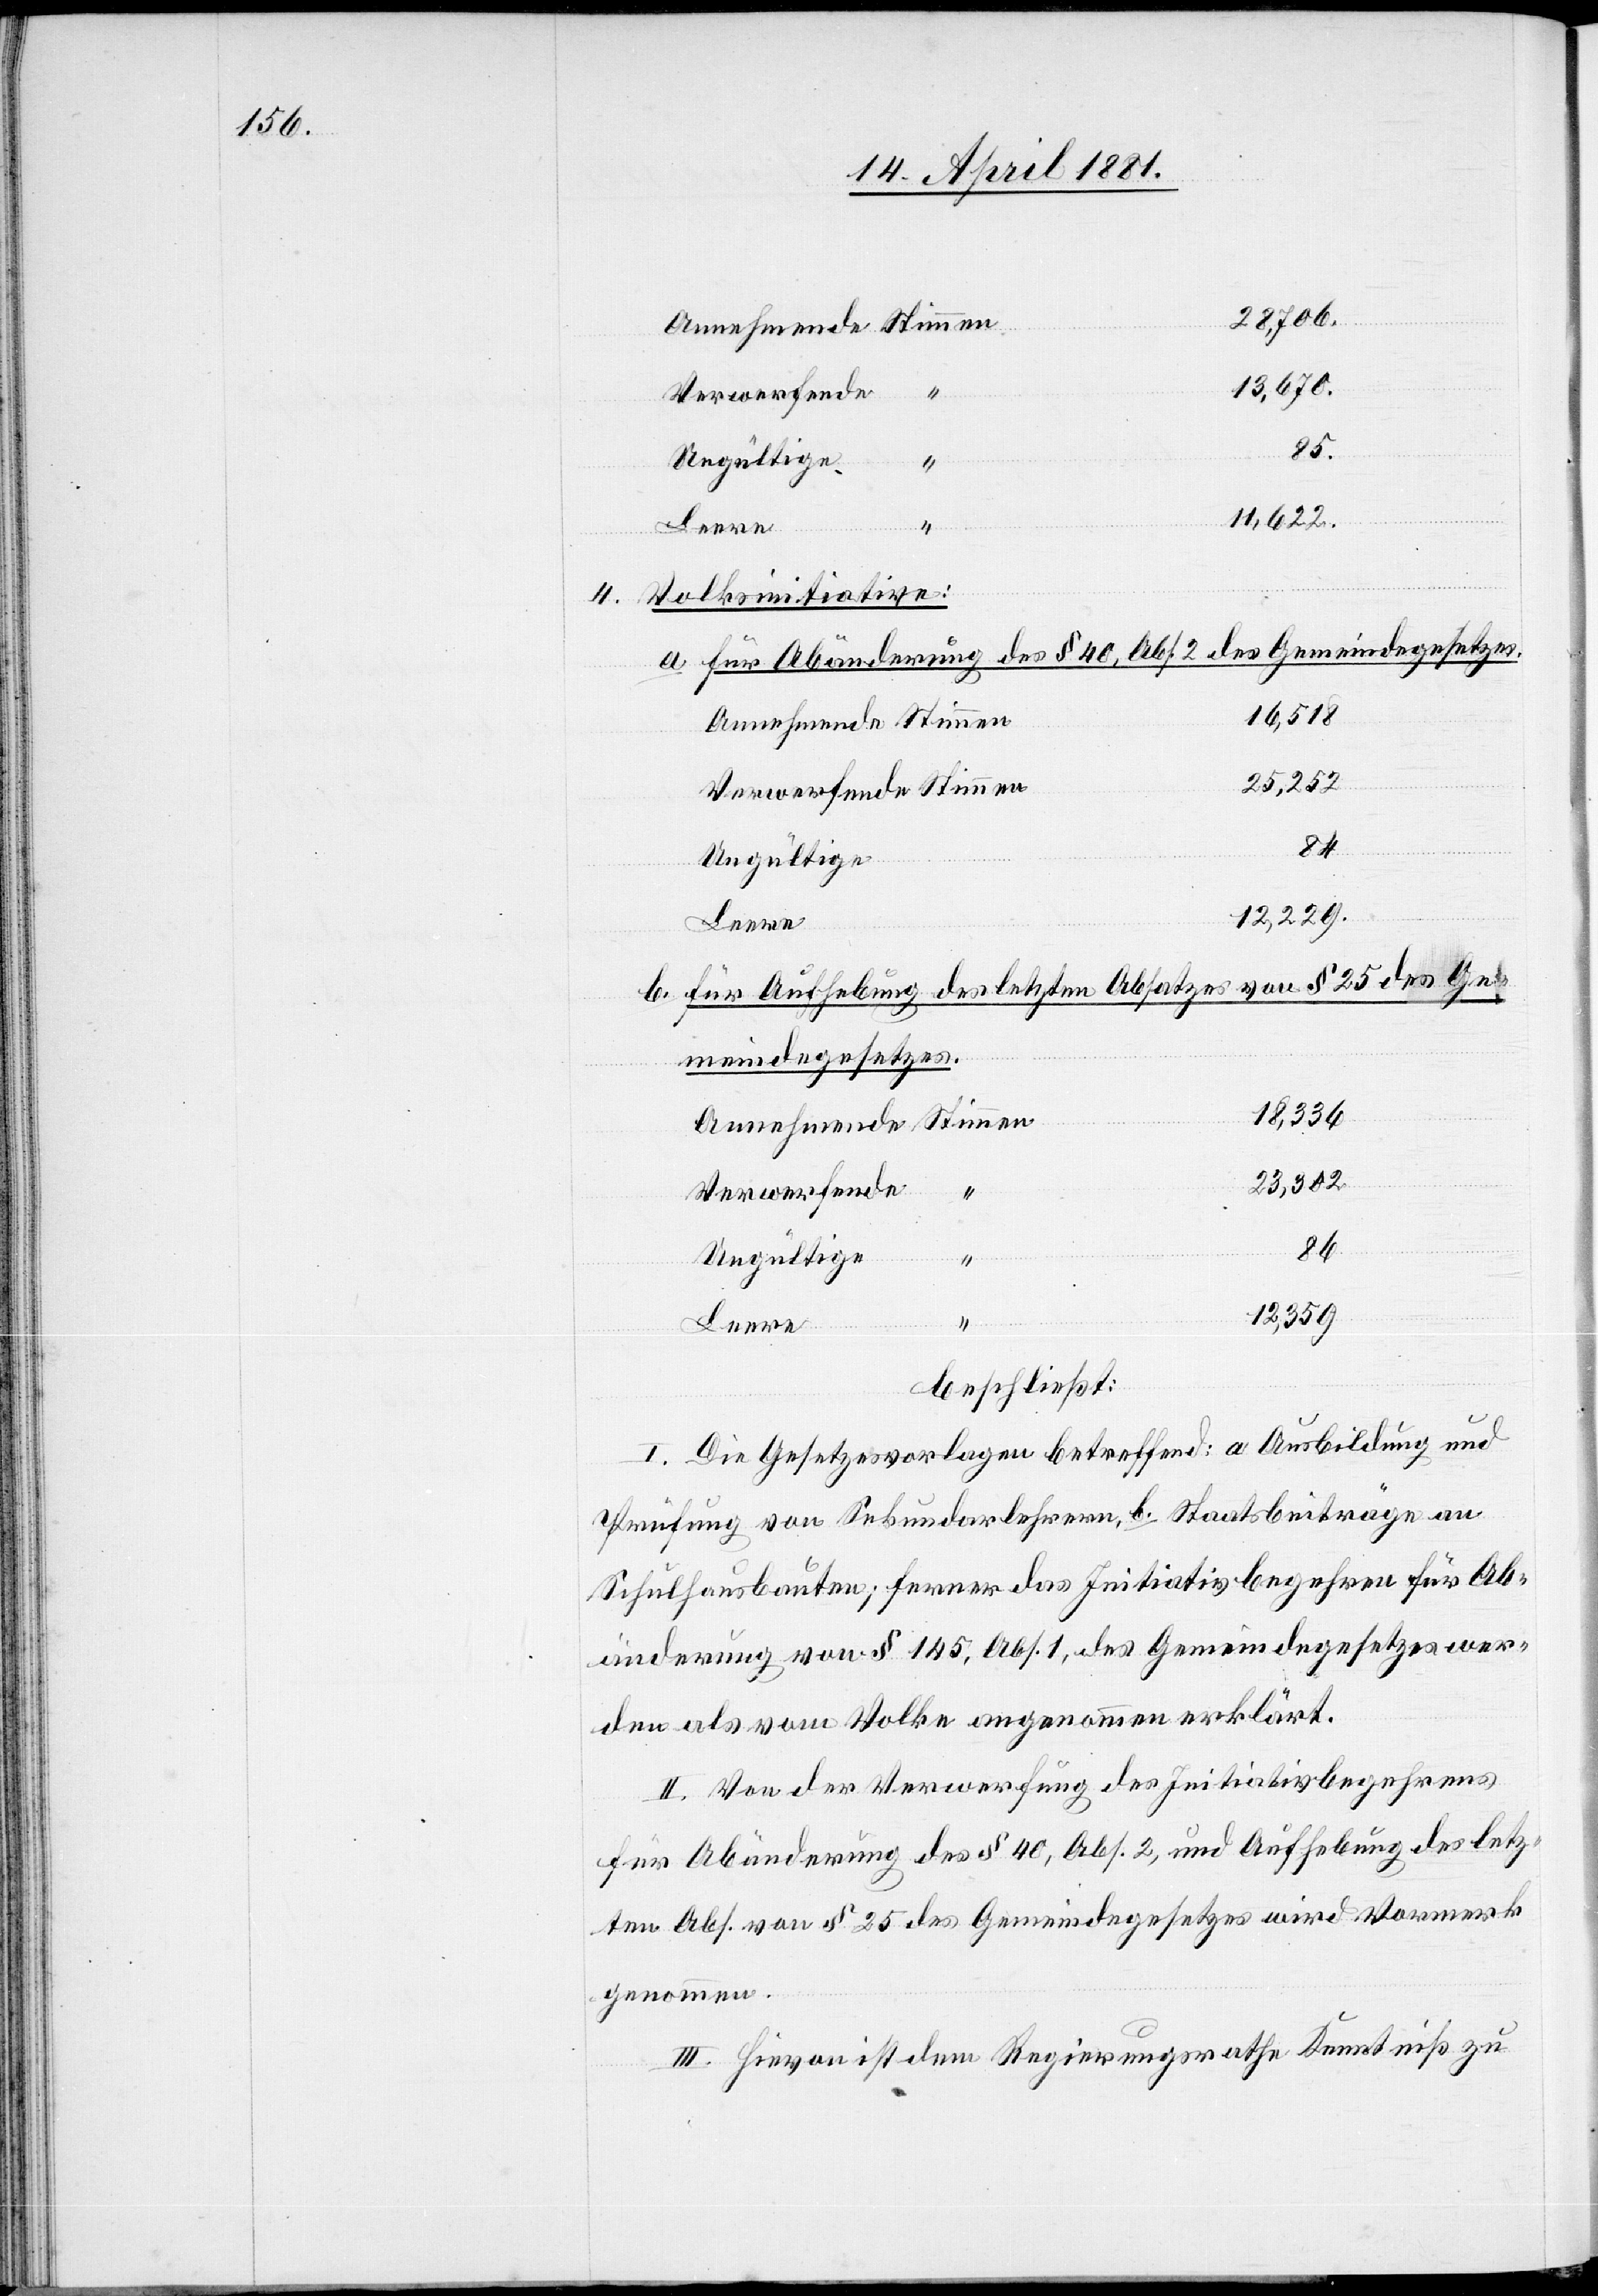
28,706
13,670
11,622
Stimmen
4. Volksinitiativen:
a. für Abänderung des § 40, Abs. 2 des Gemeindegesetzes.
16,518
25,252
Ungültige
b. für Aufhebung des letzten Absatzes von § 25 des Ge¬
meindegesetzes.
18,336
23,302
Verwerfende
84
12,359
85
Leere
beschließt:
I. Die Gesetzesvorlagen betreffend: a. Ausbildung und
Prüfung von Sekundarlehrern, b. Staatsbeiträge an
Schulhausbauten; ferner das Initiativbegehren für Ab¬
änderung von § 145, Abs. 1, des Gemeindegesetzes wer¬
den als vom Volke angenommen erklärt.
II. Von der Verwerfung des Initiativbegehrens
für Abänderung des § 40, Abs. 2, und Aufhebung des letz¬
ten Abs. von § 25 des Gemeindegesetzes wird Vormerk
genommen.
III. Hievon ist dem Regierungsrath Kenntniß zu